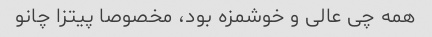
همه چی عالی و خوشمزه بود، مخصوصا پیتزا چانو